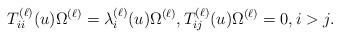
LaTeX: \begin{gather*} T_{ii}^{(\ell)}(u) \Omega^{(\ell)} = \lambda_i^{(\ell)}(u) \Omega^{(\ell)}, T_{ij}^{(\ell)}(u) \Omega^{(\ell)}=0, i> j.\end{gather*}